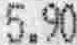
5.90